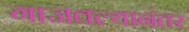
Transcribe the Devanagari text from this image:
गाजवल्यानंतर